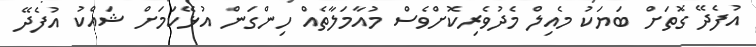
އުފެދޭ ގޮތަށް ބަޔަކު މެއިލް މެދުވެރިކޮށްވެސް މުއާމަލާތެއް ހިންގަން އުޅޭކަމަށް ޝައްކު އުފެދޭ